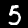
Digit: 5